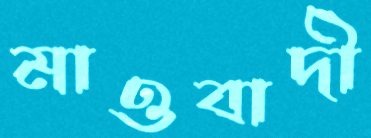
মাওবাদী